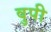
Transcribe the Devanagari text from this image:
वुपी